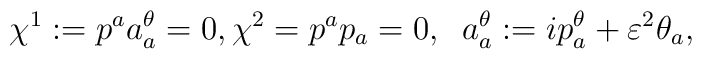
\chi^1: = p^a a^{\theta}_a = 0, \chi^2 = p^a p_a = 0, \;\;a^{\theta}_a:= i p^{\theta}_a + \varepsilon^2 \theta_a,